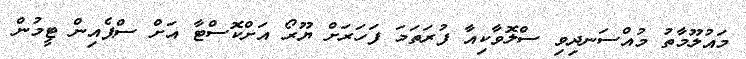
މައުލޫމާތު މުއްސަނދިވި ސްލޮވާކިއާ ފުރަތަމަ ފަހަރަށް ޔޫރޯ އަށްކޮސްޓާ އަށް ސްޕެއިން ޓީމުން